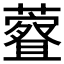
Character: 𫊀